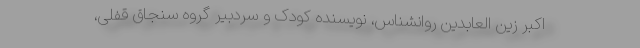
اکبر زین العابدین روانشناس، نویسنده کودک و سردبیر گروه سنجاق قفلی،